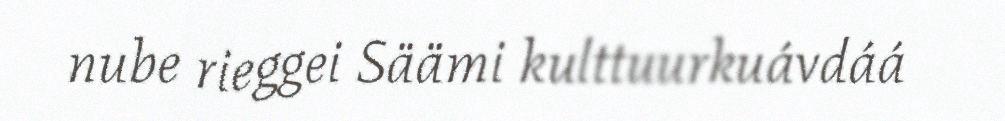
nube rieggei Säämi kulttuurkuávdáá